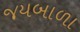
જયબાળા